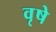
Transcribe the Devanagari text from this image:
वृषे